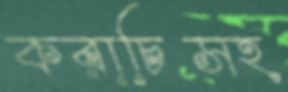
করাচিসহ